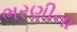
ભરણીના